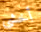
أخشي